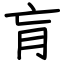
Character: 肓